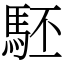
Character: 駓